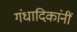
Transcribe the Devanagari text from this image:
गंधादिकांनीं